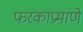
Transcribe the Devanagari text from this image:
फरकाप्रमाणे